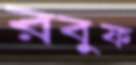
রবুফ